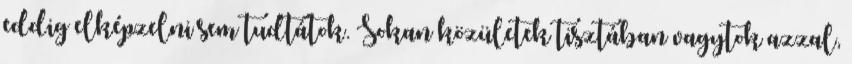
eddig elképzelni sem tudtátok. Sokan közületek tisztában vagytok azzal,